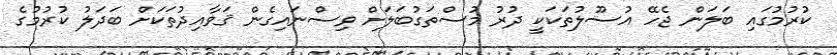
ކުރުމުގައި ބަލަން ޖެހޭ އުސޫލުތަކަކީ ދުރު މުސްތަގުބަލަށް ވިސްނައިގެން ޤަވާއިދުތަކަށް ބަދަލު ކުރުމުގެ